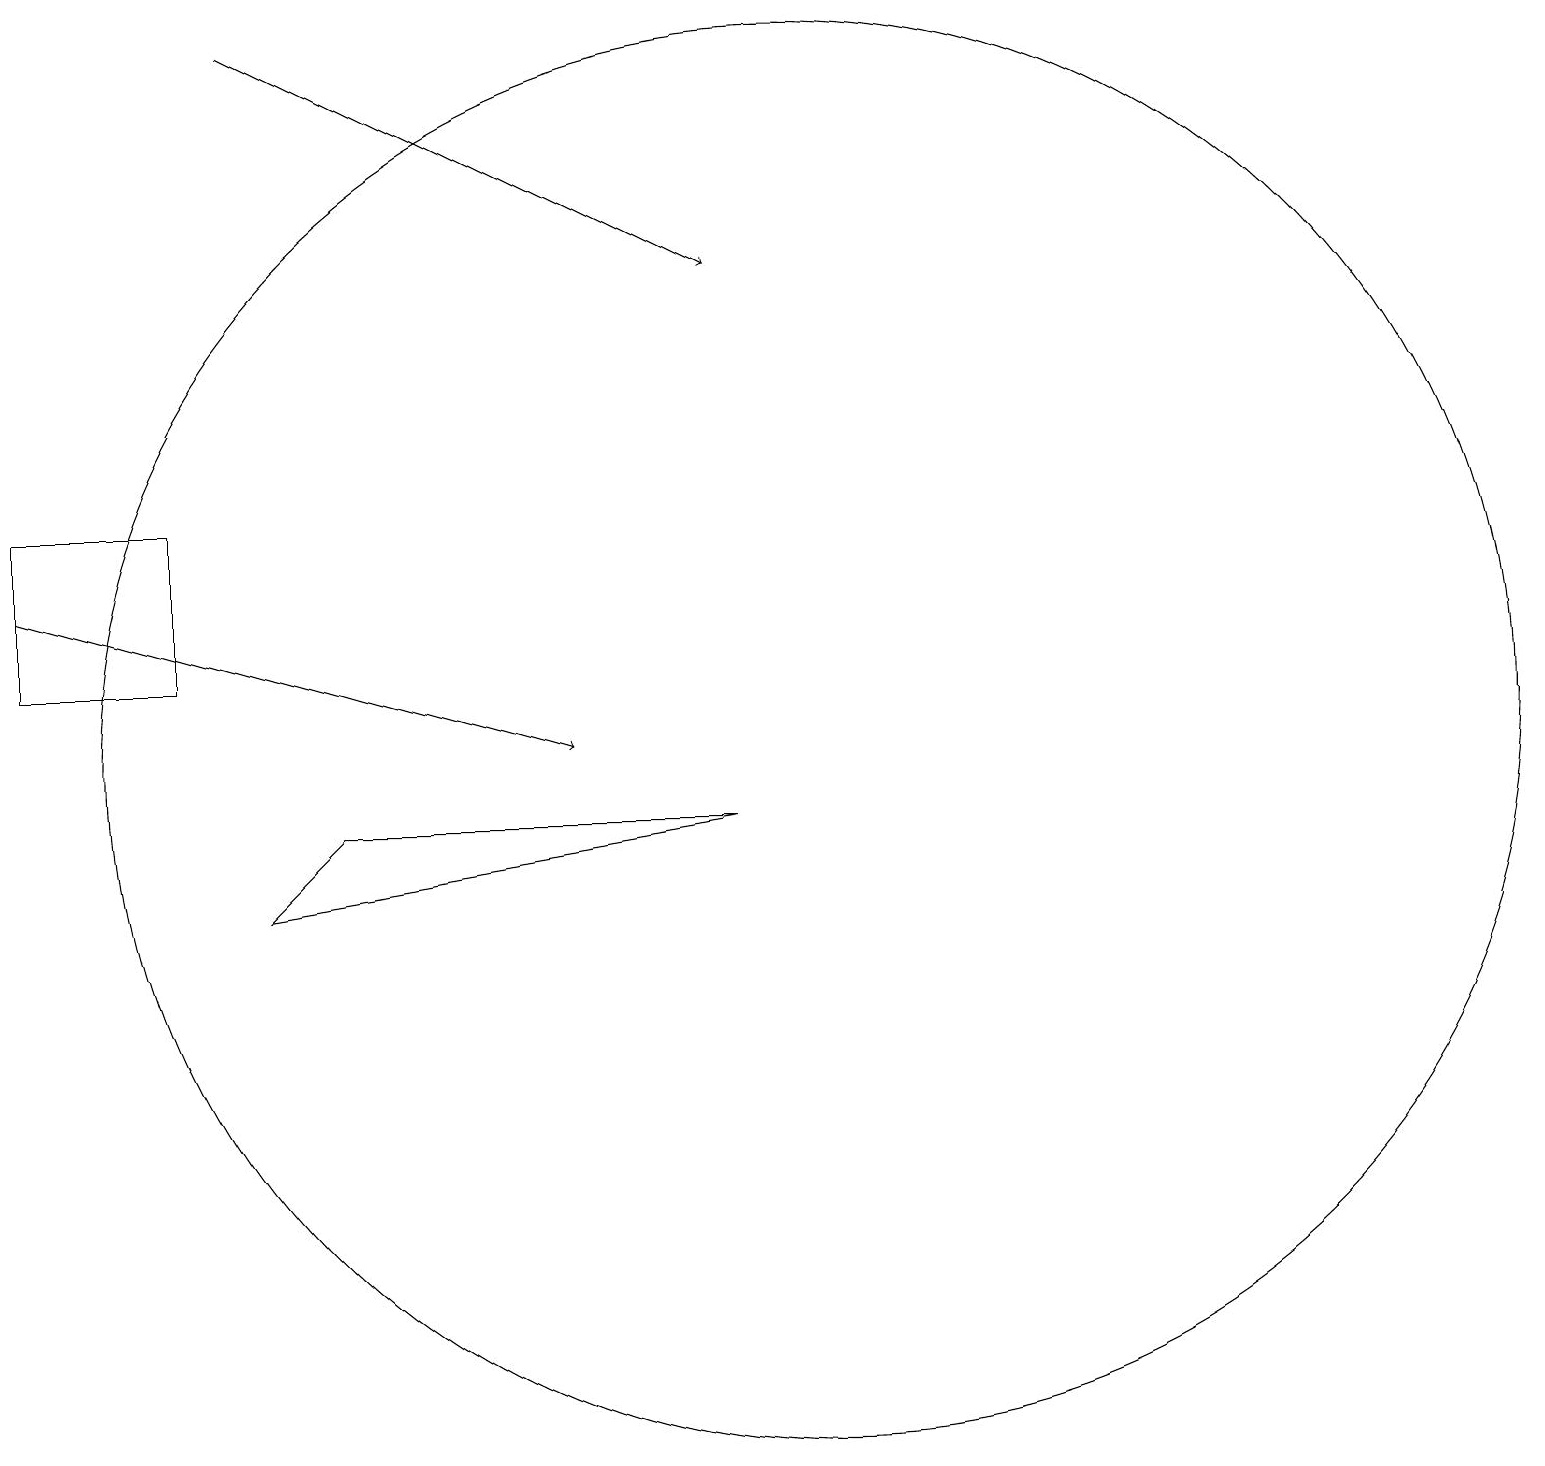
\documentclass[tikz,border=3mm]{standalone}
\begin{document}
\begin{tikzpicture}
\draw (4,9) -- (3,8) -- (9,9) -- cycle;
\draw[->] (0,12) -- (7,10);
\draw (2,11) rectangle (0,13);
\draw[->] (3,19) -- (9,16);
\draw (10,10) circle (9);
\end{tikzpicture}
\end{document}